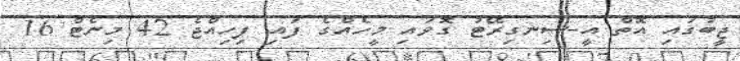
ޖީބުގައި އޮތް އީ-ސިނގިރޭޓު ގޮވައި މީހެއްގެ ފައި ފިހިއްޖެ 42 މިނެޓް 16